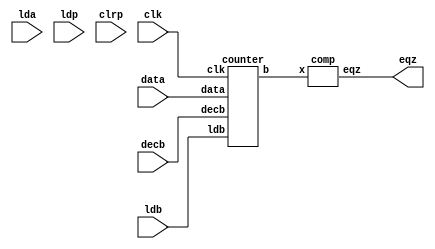
    `timescale 1ns / 1ps
    
    module multiplier_data_path(eqz,lda, ldb, ldp, clrp, data, decb, clk);
    
    input lda, ldb, ldp, clrp, decb, clk;
    input [15:0] data;
    output eqz;
    wire [15:0] x, y, z, bout, bus;
    
    assign bus = data;
    pipo1 A (x, lda, bus, clk);
    pipo2 P (y, ldp, z, clk, clrp);   
    counter C (bout, ldb, bus, decb, clk );
    adder add(z,x,y);
    comp d (eqz,bout);
    
    endmodule
    
    module pipo1 (x,lda, data, clk);
     input lda, clk;
     input [15:0] data;
     output reg [15:0] x;
     
    always@(posedge clk) begin
    if(lda)
    x<= data;
    end
    endmodule
    
    module pipo2 (y,ldp, data, clk, clrp);
    output  reg [15:0] y;
    input ldp,clk, clrp;
    input [15:0] data;
    
    always@(posedge clk) begin
    if(clrp)
    y<=16'b0;
    else if(ldp)
    y<= data;
    end
    endmodule
    
    module counter( b,ldb, data,decb, clk);
    output reg [15:0] b;
    input [15:0] data;
    input ldb,decb,clk;
    
    always@(posedge clk) begin
    if(ldb) b <= data;
    else if(decb) b<= b-1;
    end
    endmodule
    
    module adder(output reg [15:0]  z, input[15:0] x, y);
    always@(*)begin
    z = x+y;
    end
    endmodule
    
    module comp (output reg eqz, input [15:0] x);
    always@(*) begin
    if(!x) eqz = 1;
    else
    eqz = 0;
    end
    endmodule
    
    module control_path (lda, ldb, ldp, clrp, decb, done, clk, eqz, start);
    input eqz, start, clk;
    output reg lda, ldb, ldp, clrp, decb, done;
    reg [2:0] state;
    parameter S0=3'b000, S1=3'b001, S2=3'b010, S3=3'b011, S4=3'b100;
    
    always@(posedge clk) begin
    case(state) 
    S0 : if(start) state<= S1;
    S1 : state <= S2;
    S2 : state <= S3;
    S3 : #3 if(eqz) state <= S4;
    S4 : state <= S4;
    default : state<= S0;     
    endcase
    end
    
    always@(state)
    begin
    case(state)
    S0 : begin lda=0; ldb=0; ldp=0; clrp=0; decb=0; done = 0;  end
    S1 : begin lda =1;  end
    S2 : begin ldb=1; lda=0; clrp=1; end
    S3 : begin ldb =0; ldp=1; clrp=0; decb=1; end
    S4 : begin done=1; ldp=0; decb=0;end
    default: begin lda=0; ldb=0; ldp=0; clrp=0; decb=0; done=0; end
    endcase
    end
    endmodule